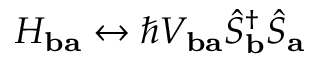
H _ { \mathbf { b a } } \leftrightarrow \hbar V _ { \mathbf { b a } } \hat { S } _ { \mathbf { b } } ^ { \dagger } \hat { S } _ { \mathbf { a } }